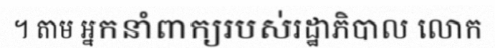
។ តាម អ្នកនាំពាក្យរបស់រដ្ឋាភិបាល លោក